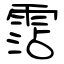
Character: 霑